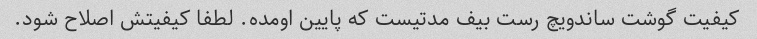
کیفیت گوشت ساندویچ رست بیف مدتیست که پایین اومده. لطفا کیفیتش اصلاح شود.